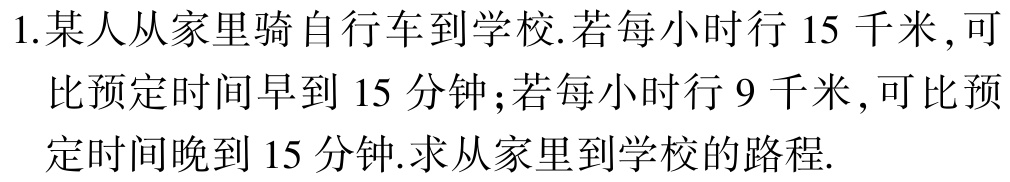
1.某人从家里骑自行车到学校.若每小时行 15 千米 , 可

比预定时间早到 15 分钟；若每小时行 9 千米 , 可比预

定时间晚到 15 分钟.求从家里到学校的路程.